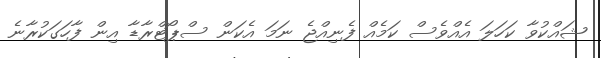
ޝައްކުވާ ކަހަލަ އެއްވެސް ކަމެއް ފެނިއްޖެ ނަމަ އެކަން ސްޕޯޓްރާޑާ އިން ފާހަގަކުރާނެ